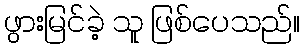
ဖွားမြင်ခဲ့ သူ ဖြစ်ပေသည်။